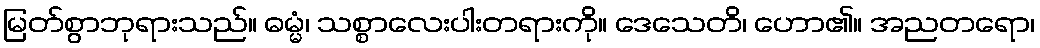
မြတ်စွာဘုရားသည်။ ဓမ္မံ၊ သစ္စာလေးပါးတရားကို။ ဒေသေတိ၊ ဟော၏။ အညတရော၊